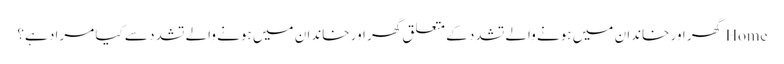
Home گھر اور خاندان میں ہونے والے تشدد کے متعلق گھر اور خاندان میں ہونے والے تشدد سے کیا مراد ہے؟